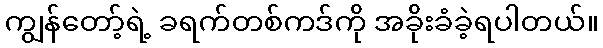
ကျွန်တော့်ရဲ့ ခရက်တစ်ကဒ်ကို အခိုးခံခဲ့ရပါတယ်။